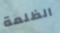
الظلمة